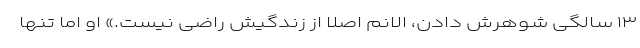
۱۳ سالگی شوهرش دادن، الانم اصلا از زندگیش راضی نیست.» او اما تنها